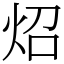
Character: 炤